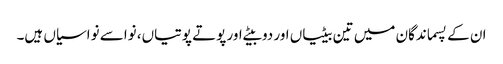
ان کے پسماندگان میں تین بیٹیاں اور دو بیٹے اور پوتے پوتیاں، نواسے نواسیاں ہیں۔